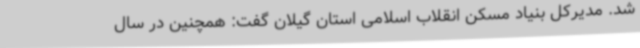
شد. مدیرکل بنیاد مسکن انقلاب اسلامی استان گیلان گفت: همچنین در سال